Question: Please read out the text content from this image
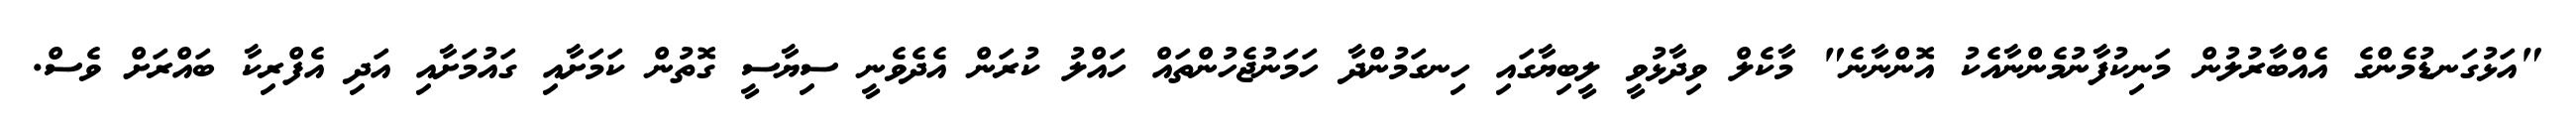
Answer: "އަޅުގަނޑުމެންގެ އެއްބާރުލުން މަނިކުފާނުމެންނާއެކު އޮންނާނެ" މާކެލް ވިދާޅުވީ ލީބިޔާގައި ހިނގަމުންދާ ހަމަނުޖެހުންތައް ހައްލު ކުރަން އެދެވެނީ ސިޔާސީ ގޮތުން ކަމަށާއި ގައުމަށާއި އަދި އެފްރިކާ ބައްރަށް ވެސް.